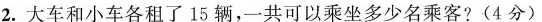
2.大车和小车各租了15辆，一共可以乘坐多少名乘客?(4分)